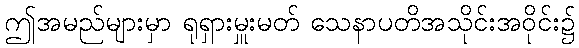
ဤအမည်များမှာ ရုရှားမှူးမတ် သေနာပတိအသိုင်းအဝိုင်း၌